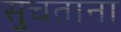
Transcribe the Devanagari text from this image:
सुचताना